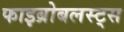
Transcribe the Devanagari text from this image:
फाइब्रोबलस्ट्स